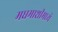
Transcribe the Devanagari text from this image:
मधमाशीमध्ये